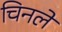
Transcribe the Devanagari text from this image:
चिनले